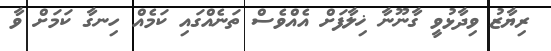
ރިޔާޒު ވިދާޅުވީ ގާނޫނާ ޚިލާފަށް އެއްވެސް ތަނެއްގައި ކަމެއް ހިނގާ ކަމަށް ވާ